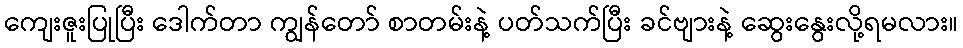
ကျေးဇူးပြုပြီး ဒေါက်တာ ကျွန်တော် စာတမ်းနဲ့ ပတ်သက်ပြီး ခင်ဗျားနဲ့ ဆွေးနွေးလို့ရမလား။